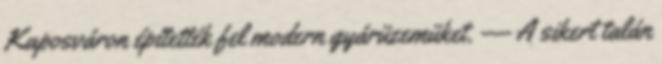
Kaposváron építették fel modern gyárüzemüket. — A sikert talán